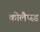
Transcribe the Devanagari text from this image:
कोलैप्स्ड